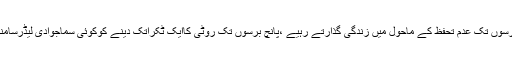
پھراگلے پانچ برسوں تک عدم تحفظ کے ماحول میں زندگی گذارتے رہیے ،پانچ برسوں تک روٹی کاایک ٹکراتک دینے کوکوئی سماجوادی لیڈرسامنے نہیں آئے گا۔